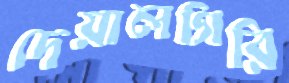
দেয়ালগিরি